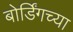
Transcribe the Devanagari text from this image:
बोर्डिंगच्या